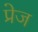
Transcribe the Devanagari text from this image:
प्रेज